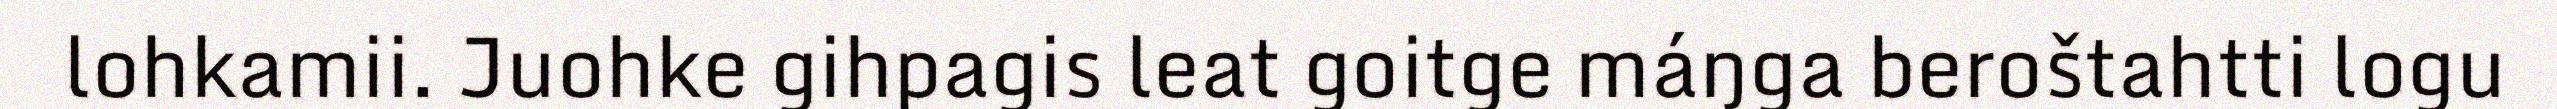
lohkamii. Juohke gihpagis leat goitge máŋga beroštahtti logu